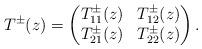
LaTeX: \begin{align*}T^{\pm}(z) = \begin{pmatrix} T^{\pm}_{11} (z) &T^{\pm}_{12} (z) \\ T^{\pm}_{21}(z) &T^{\pm}_{22} (z) \end{pmatrix}. \end{align*}